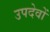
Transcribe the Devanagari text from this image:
उपदेवों